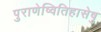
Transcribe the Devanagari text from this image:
पुराणेष्वितिहासेषु